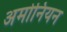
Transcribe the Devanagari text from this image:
अमोनियन